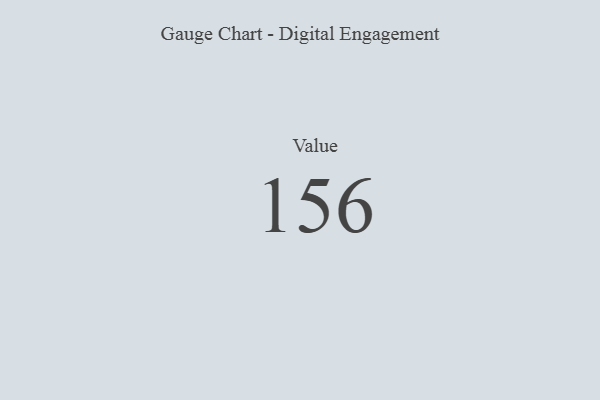
{"axis": {"x": "Metric", "y": "Value"}, "legend": [""], "data": [{"x": "Value", "y": 156, "type": ""}]}